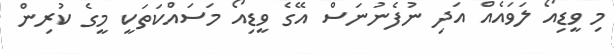
މި ވީޑިއޯ ލަވައެއް އަދި ނުފެނުނަސް އޭގެ ވީޑިއޯ މަސައްކަތަކީ މީގެ ކުރިން